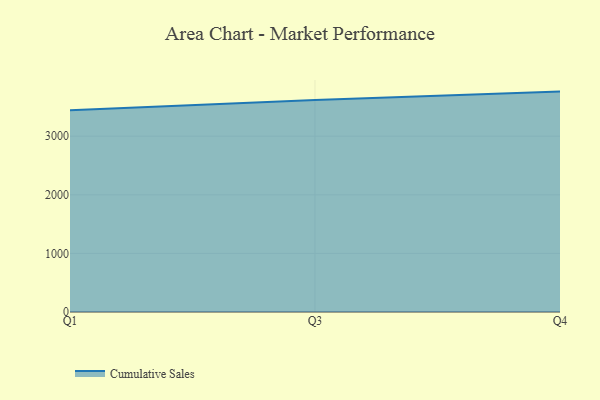
{"axis": {"x": "Quarter", "y": "Budget (USD K)"}, "legend": ["Cumulative Sales"], "data": [{"x": "Q1", "y": 3444.1, "type": "Cumulative Sales"}, {"x": "Q3", "y": 3618.2, "type": "Cumulative Sales"}, {"x": "Q4", "y": 3760.9, "type": "Cumulative Sales"}]}